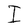
Character: I